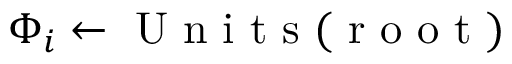
{ \Phi _ { i } } \gets \mathrm { ~ U ~ n ~ i ~ t ~ s ~ ( ~ r ~ o ~ o ~ t ~ ) ~ }